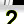
Digit: 2